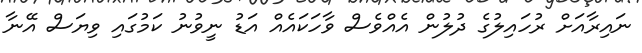
ނައިރާއަށް ރުހައިލުގެ ދުލުން އެއްވެސް ވާހަކައެއް އަޑު ނީވުނު ކަމުގައި ވިޔަސް އޭނާ